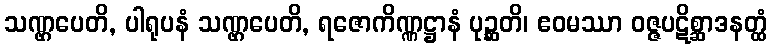
သဏ္ဌပေတိ, ပါရုပနံ သဏ္ဌပေတိ, ရဇောကိဏ္ဏဋ္ဌာနံ ပုဉ္ဆတိ၊ ဧဝမဿာ ဝဇ္ဇပဋိစ္ဆာဒနတ္ထံ